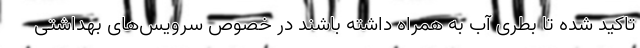
تاکید شده تا بطری آب به همراه داشته باشند در خصوص سرویس‌های بهداشتی